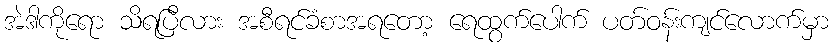
အဲဒါကိုရော သိရပြီလား အစီရင်ခံစာအရတော့ ရေထွက်ပေါက် ပတ်ဝန်းကျင်လောက်မှာ